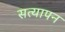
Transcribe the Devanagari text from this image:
सत्‍यापन